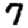
Digit: 7